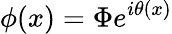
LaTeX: \phi(x)=\Phi e^{i\theta(x)}